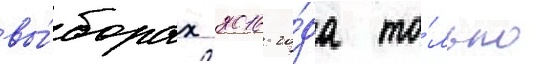
вы́борах 2016 го́да то́лько